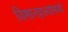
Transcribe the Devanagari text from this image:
विमानहल्यांमध्ये